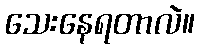
သေးနေရတာလဲ။